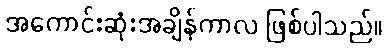
အကောင်းဆုံးအချိန်ကာလ ဖြစ်ပါသည်။